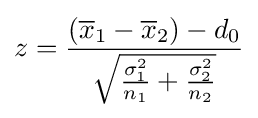
z={\frac {({\overline {x}}_{1}-{\overline {x}}_{2})-d_{0}}{\sqrt {{\frac {\sigma _{1}^{2}}{n_{1}}}+{\frac {\sigma _{2}^{2}}{n_{2}}}}}}